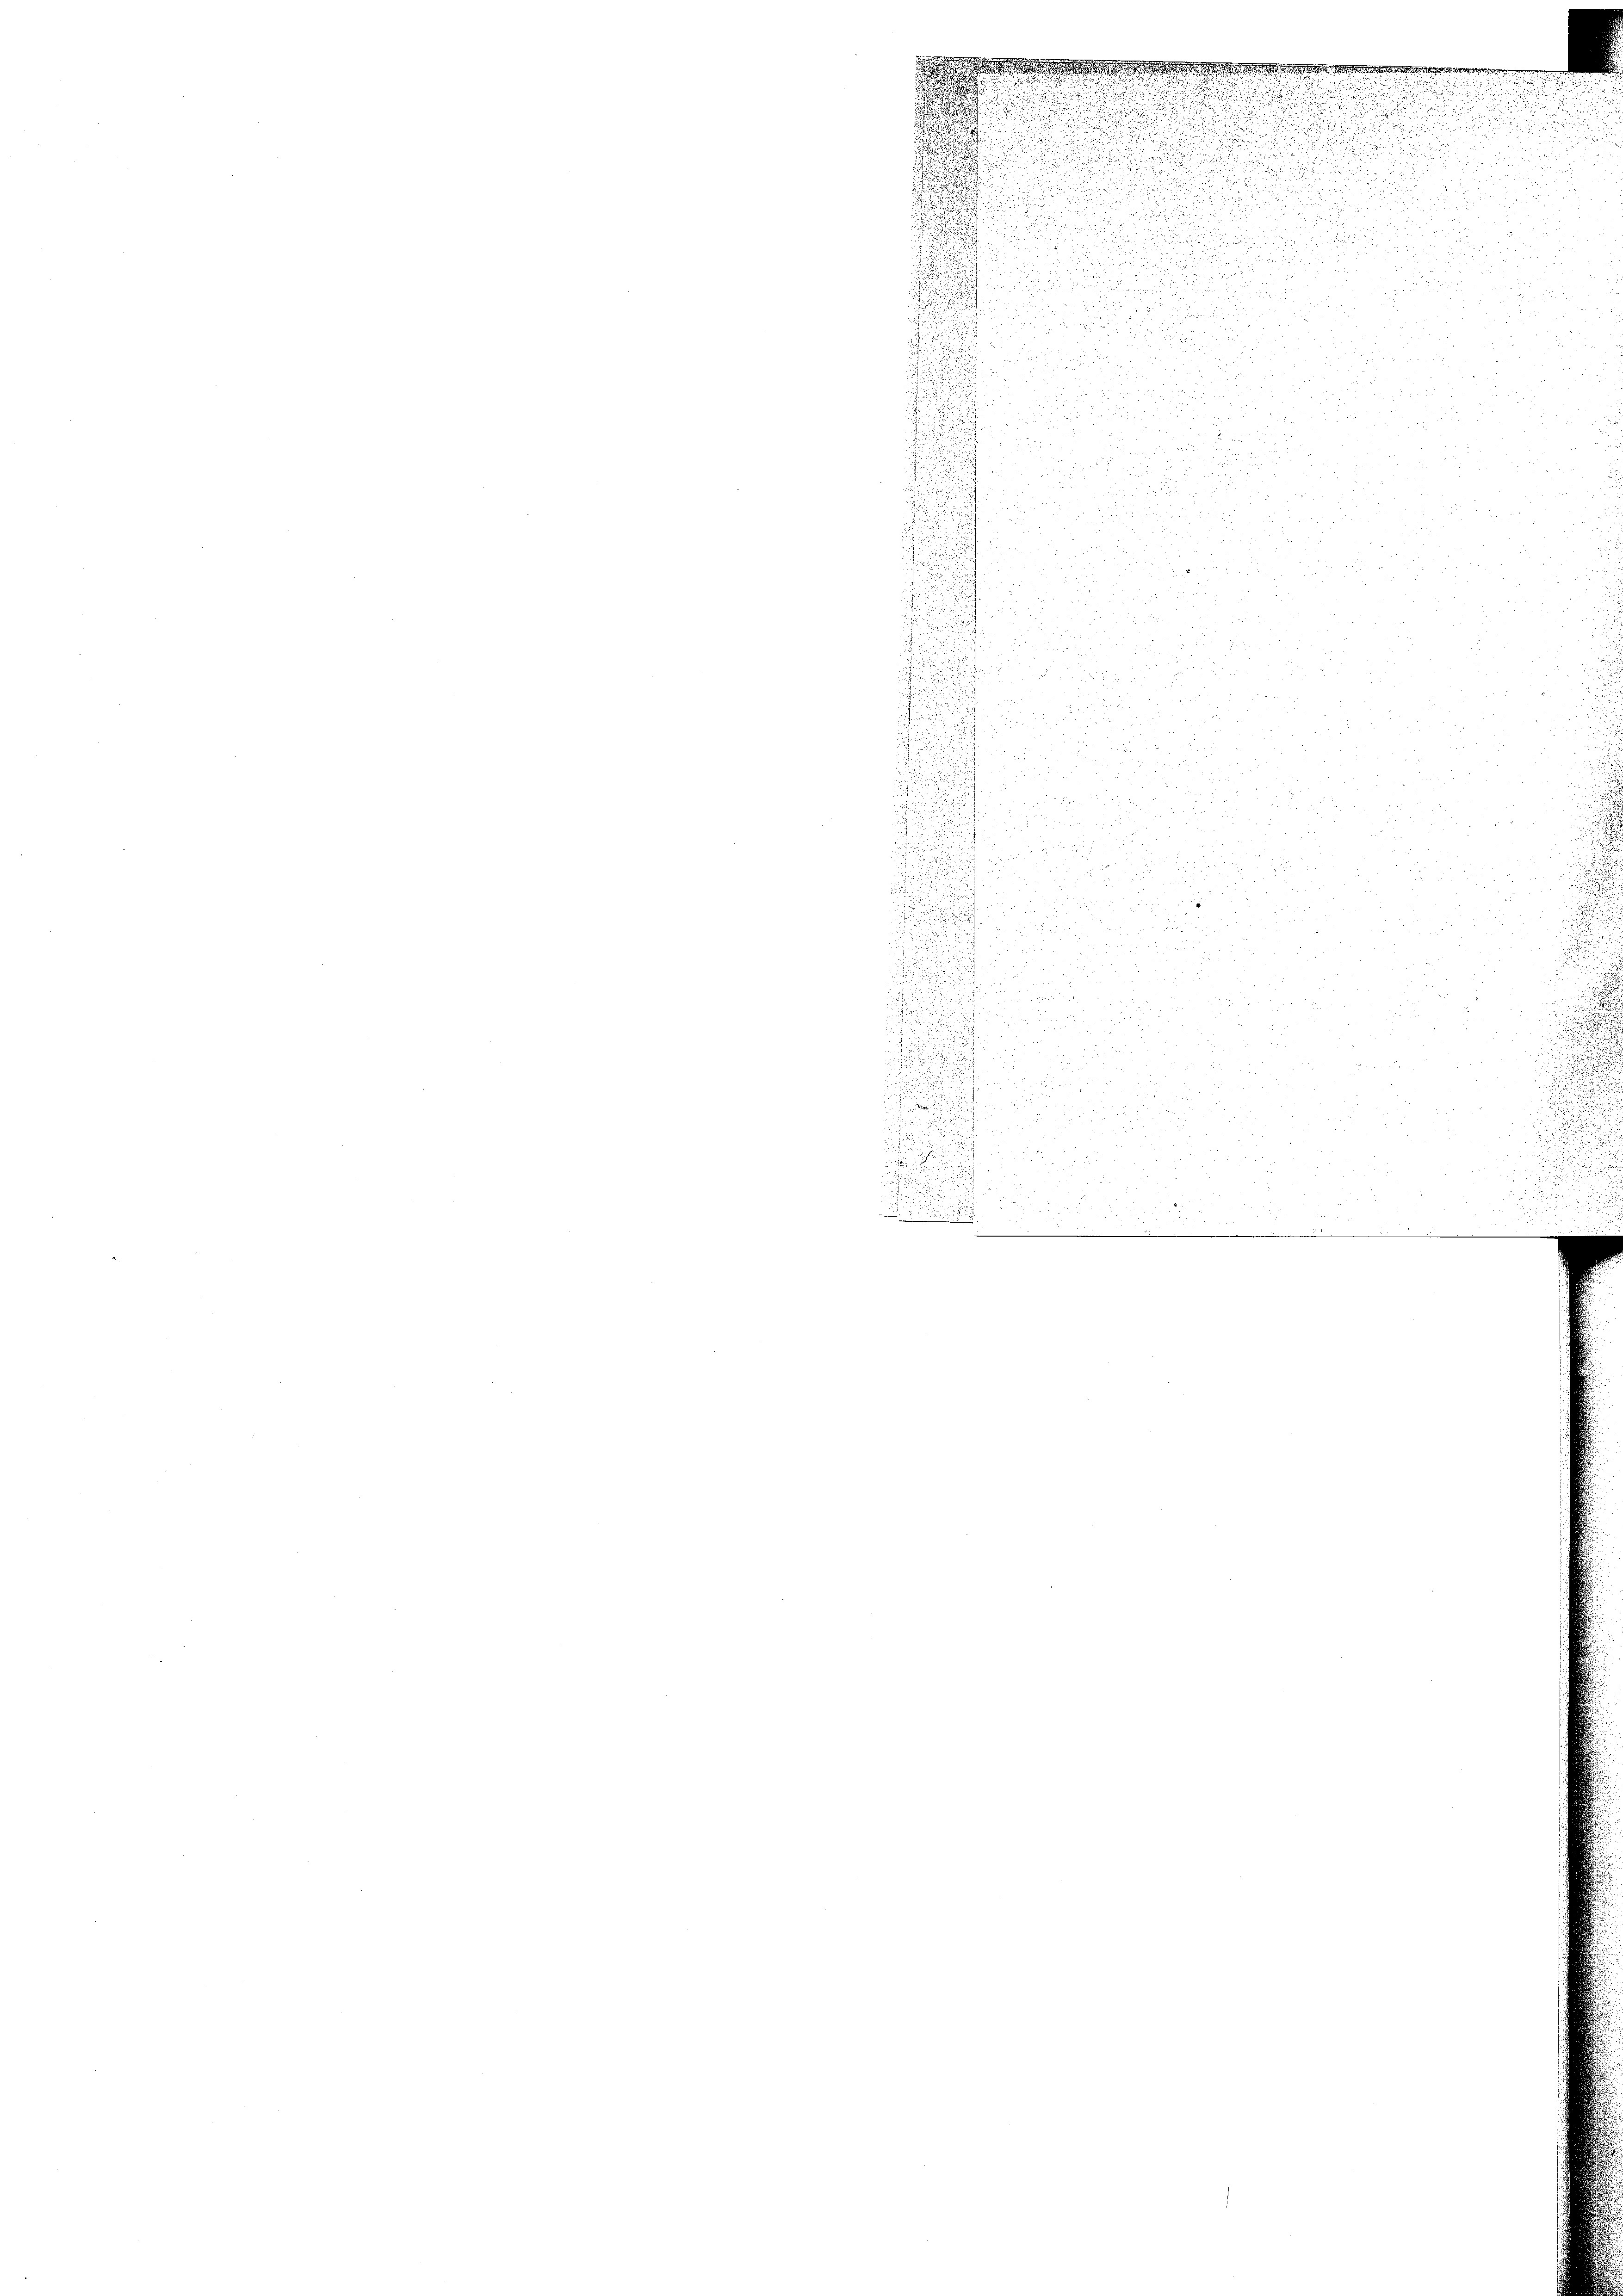
a
u

d

.
i
.
.
r
 xx
i

255 f 30 x

u

 22
2
u
e

 xx

uzion de
s

d

u
2

2
8
 4 ge

5

.
252

und
au § 288.
s

s
u

e

3

2
Banders zu 10

u

.

s